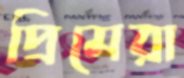
প্রিমেরা